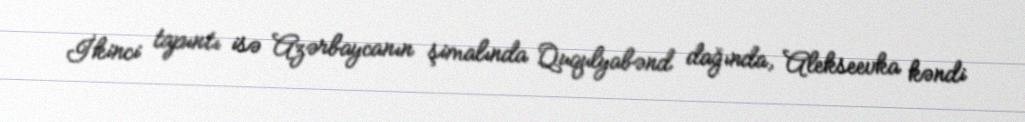
İkinci tapıntı isə Azərbaycanın şimalında Ququlyabənd dağında, Alekseevka kəndi